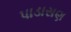
પાડાસણ